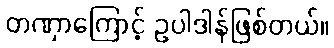
တဏှာကြောင့် ဥပါဒါန်ဖြစ်တယ်။